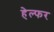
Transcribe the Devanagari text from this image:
हेल्फर